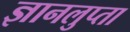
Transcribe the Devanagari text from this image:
ज्ञानलुप्ता